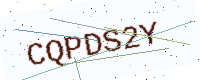
Text: CQPDS2Y